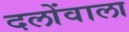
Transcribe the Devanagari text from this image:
दलोंवाला